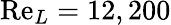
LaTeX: \mathrm{Re}_{L}=12,200